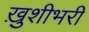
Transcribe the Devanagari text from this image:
ख़ुशीभरी